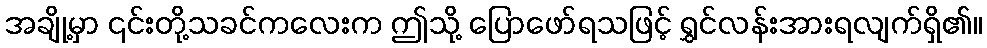
အချို့မှာ ၎င်းတို့သခင်ကလေးက ဤသို့ ပြောဖော်ရသဖြင့် ရွှင်လန်းအားရလျက်ရှိ၏။